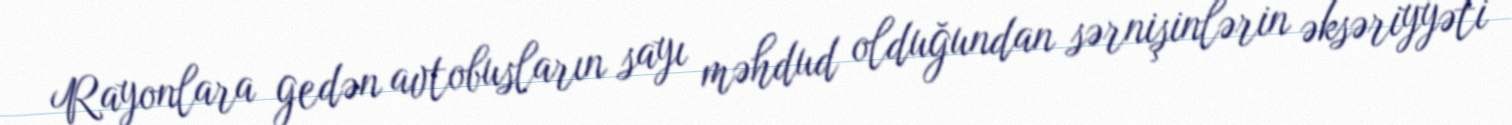
Rayonlara gedən avtobusların sayı məhdud olduğundan sərnişinlərin əksəriyyəti